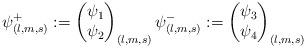
LaTeX: \begin{align*} \psi_{(l,m,s)}^{+}:=\begin{pmatrix} \psi_1 \\ \psi_2 \end{pmatrix}_{(l,m,s)} \psi_{(l,m,s)}^{-}:=\begin{pmatrix} \psi_3\\ \psi_4 \end{pmatrix}_{(l,m,s)}\end{align*}